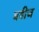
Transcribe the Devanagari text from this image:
बडीज